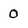
Character: O